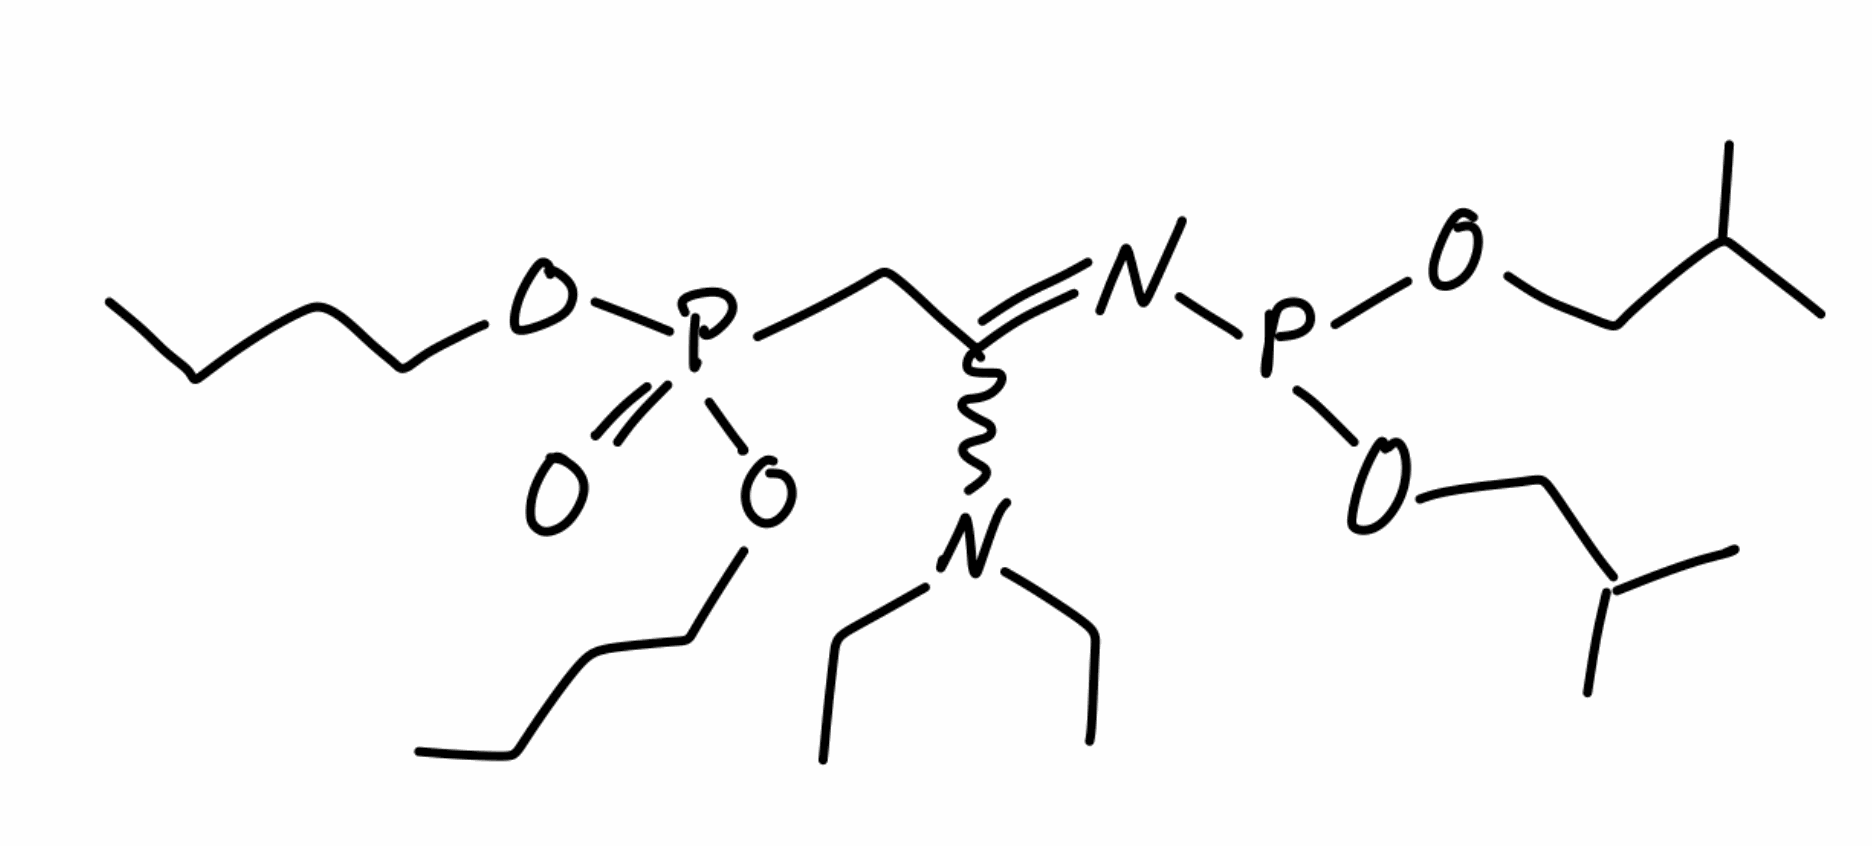
Simplified molecular-input line-entry system (SMILES) notation of the given molecule:
CCCCOP(=O)(CC(=NP(=O)(OCC(C)C)OCC(C)C)N(CC)CC)OCCCC